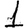
Digit: 1